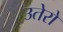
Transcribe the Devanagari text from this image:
उतेरो